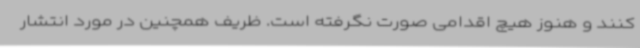
کنند و هنوز هیچ اقدامی صورت نگرفته است. ظریف همچنین در مورد انتشار